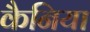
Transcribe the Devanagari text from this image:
कैनिया